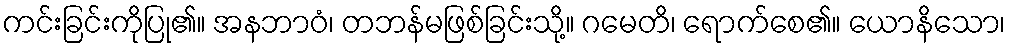
ကင်းခြင်းကိုပြု၏။ အနဘာဝံ၊ တဘန်မဖြစ်ခြင်းသို့။ ဂမေတိ၊ ရောက်စေ၏။ ယောနိသော၊